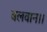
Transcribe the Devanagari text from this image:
बलवान।।